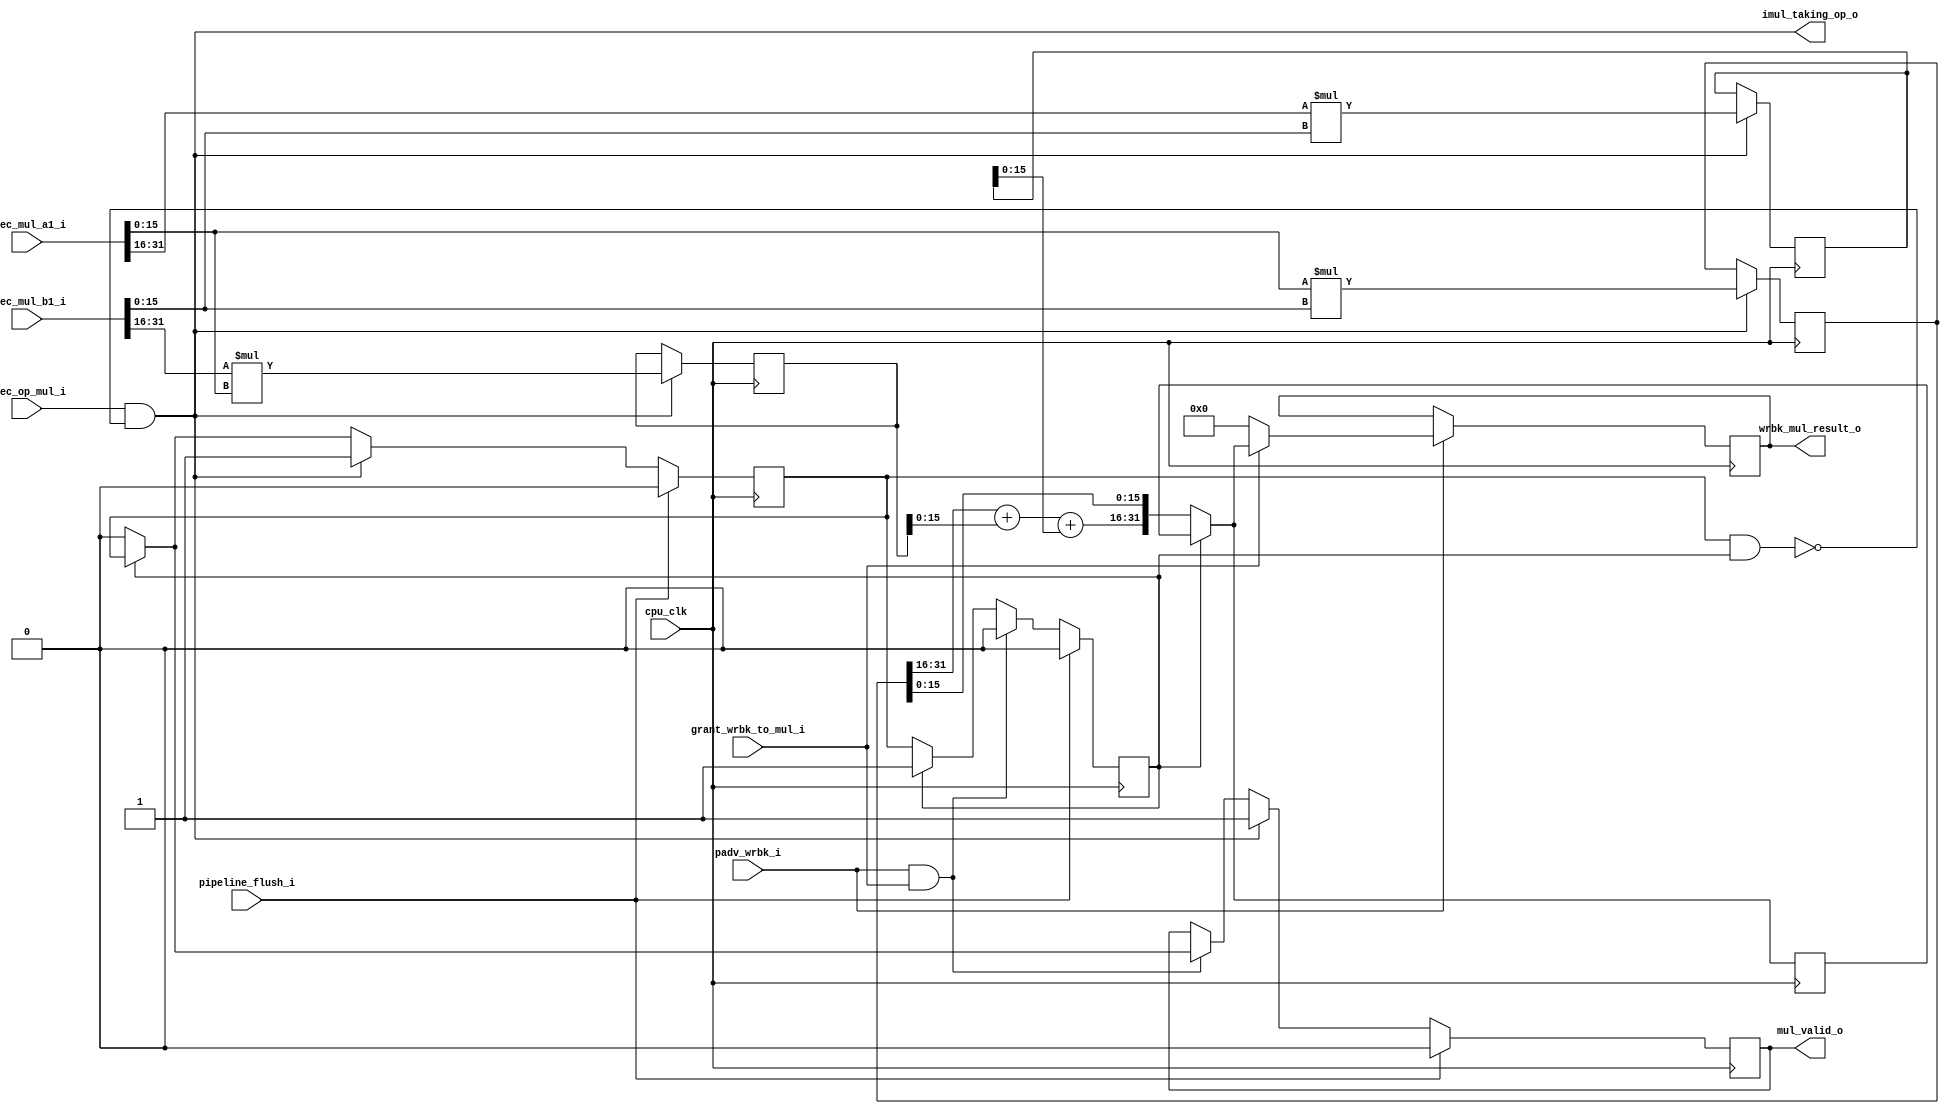
////////////////////////////////////////////////////////////////////////
//                                                                    //
//  Pipelined Integer Multiplier                                      //
//                                                                    //
////////////////////////////////////////////////////////////////////////
//                                                                    //
//   Copyright (C) 2015-2019 Andrey Bacherov                          //
//                           avbacherov@opencores.org                 //
//                                                                    //
//      This Source Code Form is subject to the terms of the          //
//      Open Hardware Description License, v. 1.0. If a copy          //
//      of the OHDL was not distributed with this file, You           //
//      can obtain one at http://juliusbaxter.net/ohdl/ohdl.txt       //
//                                                                    //
////////////////////////////////////////////////////////////////////////

module or1k_marocchino_int_mul
#(
  parameter OPTION_OPERAND_WIDTH = 32
)
(
  // clocks and resets
  input                                 cpu_clk,

  // pipeline control signal in
  input                                 pipeline_flush_i,
  input                                 padv_wrbk_i,
  input                                 grant_wrbk_to_mul_i,

  // input operands from  reservation station
  input      [OPTION_OPERAND_WIDTH-1:0] exec_mul_a1_i,
  input      [OPTION_OPERAND_WIDTH-1:0] exec_mul_b1_i,

  //  other inputs/outputs
  input                                 exec_op_mul_i,
  output                                imul_taking_op_o,
  output reg                            mul_valid_o,
  output reg [OPTION_OPERAND_WIDTH-1:0] wrbk_mul_result_o
);

  localparam MULDW  = OPTION_OPERAND_WIDTH; // short name
  localparam MULHDW = (OPTION_OPERAND_WIDTH >> 1);

  // algorithm:
  //   AlBl[dw-1:0] = A[hdw-1:0] * B[hdw-1:0];
  //   AhBl[dw-1:0] = A[dw-1:hdw] * B[hdw-1:0];
  //   BhAl[dw-1:0] = B[dw-1:hdw] * A[hdw-1:0];
  //   Sum[dw-1:0]  = {BhAl[hdw-1:0],{hdw{0}}} +
  //                  {AhBl[hdw-1:0],{hdw{0}}} +
  //                  AlBl;

  // multiplier controls
  //  ## multiplier stage ready flags
  reg    mul_s1_rdy;
  reg    wrbk_mul_miss_r;
  //  ## stage busy signals
  wire   mul_s1_busy = mul_s1_rdy & wrbk_mul_miss_r;
  //  ## stage advance signals
  wire   mul_adv_s1  = exec_op_mul_i & ~mul_s1_busy;

  // integer multiplier is taking operands
  assign imul_taking_op_o = mul_adv_s1;


  // stage #1
  // --- split input operands ---
  wire [MULHDW-1:0] s1t_mul_al = exec_mul_a1_i[MULHDW-1:0];
  wire [MULHDW-1:0] s1t_mul_bl = exec_mul_b1_i[MULHDW-1:0];
  wire [MULHDW-1:0] s1t_mul_ah = exec_mul_a1_i[MULDW-1:MULHDW];
  wire [MULHDW-1:0] s1t_mul_bh = exec_mul_b1_i[MULDW-1:MULHDW];
  // --- output partial products ---
  reg  [MULDW-1:0] s1o_mul_albl;
  reg  [MULDW-1:0] s1o_mul_bhal;
  reg  [MULDW-1:0] s1o_mul_ahbl;
  //  registering
  always @(posedge cpu_clk) begin
    if (mul_adv_s1) begin
      s1o_mul_albl <= s1t_mul_al * s1t_mul_bl;
      s1o_mul_bhal <= s1t_mul_bh * s1t_mul_al;
      s1o_mul_ahbl <= s1t_mul_ah * s1t_mul_bl;
    end
  end // @clock
  //  ready flag
  always @(posedge cpu_clk) begin
    if (pipeline_flush_i)
      mul_s1_rdy <= 1'b0;
    else if (mul_adv_s1)
      mul_s1_rdy <= 1'b1;
    else if (~wrbk_mul_miss_r)
      mul_s1_rdy <= 1'b0;
  end // @clock
  //  valid flag
  always @(posedge cpu_clk) begin
    if (pipeline_flush_i)
      mul_valid_o <= 1'b0;
    else if (mul_adv_s1)
      mul_valid_o <= 1'b1;
    else if (padv_wrbk_i & grant_wrbk_to_mul_i)
      mul_valid_o <= wrbk_mul_miss_r ? mul_s1_rdy : 1'b0;
  end // @clock


  // stage #2:
  //  --- add partial products ---
  wire [MULHDW-1:0] s2t_mul_acc;
  assign s2t_mul_acc = s1o_mul_albl[MULDW-1:MULHDW] +
                       s1o_mul_bhal[MULHDW-1:0] +
                       s1o_mul_ahbl[MULHDW-1:0];
  //  --- combine whole result ---
  wire [MULDW-1:0] s2t_mul_result = {s2t_mul_acc, s1o_mul_albl[MULHDW-1:0]};


  // padv-wrbk decoupling
  //  ## Write-Back-miss flag
  always @(posedge cpu_clk) begin
    if (pipeline_flush_i)
      wrbk_mul_miss_r <= 1'b0;
    else if (padv_wrbk_i & grant_wrbk_to_mul_i)
      wrbk_mul_miss_r <= 1'b0;
    else if (~wrbk_mul_miss_r)
      wrbk_mul_miss_r <= mul_s1_rdy;
  end // @clock
  //  ## Write-Back-miss pending result
  reg [MULDW-1:0] mul_result_p;
  // ---
  always @(posedge cpu_clk) begin
    if (~wrbk_mul_miss_r)
      mul_result_p <= s2t_mul_result;
  end // @clock
  //  Write-Back-registering
  wire [MULDW-1:0] mul_result_m = wrbk_mul_miss_r ? mul_result_p : s2t_mul_result;
  // ---
  always @(posedge cpu_clk) begin
    if (padv_wrbk_i) begin
      if (grant_wrbk_to_mul_i)
        wrbk_mul_result_o <= mul_result_m;
      else
        wrbk_mul_result_o <= {MULDW{1'b0}};
    end
  end // @clock

endmodule // or1k_marocchino_int_mul